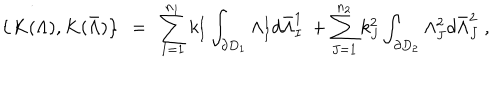
\left\{ K ( \Lambda ) , K ( \bar { \Lambda } ) \right\} ~ = ~ \sum _ { I = 1 } ^ { n _ { 1 } } k _ { I } ^ { 1 } \int _ { \partial D _ { 1 } } \Lambda _ { I } ^ { 1 } d \bar { \Lambda } _ { I } ^ { 1 } ~ + \sum _ { J = 1 } ^ { n _ { 2 } } k _ { J } ^ { 2 } \int _ { \partial D _ { 2 } } \Lambda _ { J } ^ { 2 } d \bar { \Lambda } _ { J } ^ { 2 } ~ ,